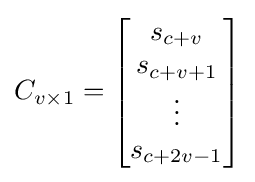
C_{v\times 1}={\begin{bmatrix}s_{c+v}\\s_{c+v+1}\\\vdots \\s_{c+2v-1}\end{bmatrix}}